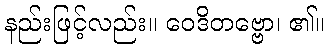
နည်းဖြင့်လည်း။ ဝေဒိတဗ္ဗော၊ ၏။